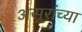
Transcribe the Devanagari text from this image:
असुरांच्या